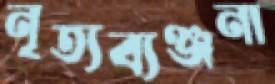
নৃত্যব্যঞ্জনা